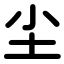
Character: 尘